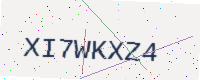
Text: XI7WKXZ4